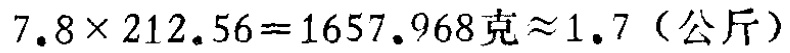
\(7.8\times 212.56 = 1657.968\text{克} \approx 1.7 \text{（公斤）}\)